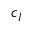
c _ { I }